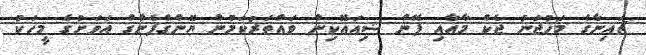
ޗައިނާގެ މަހުޖަނު ޖެކް މާއާއި ފޭން ޝިއައޮކިން ވައްތަރުކަމުން ޔޮންގްފެންގް އަވަށުގެ މީހަކު